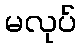
မလုပ်